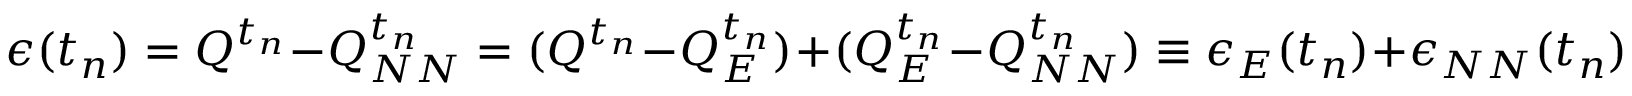
\epsilon ( t _ { n } ) = Q ^ { t _ { n } } - Q _ { N N } ^ { t _ { n } } = ( Q ^ { t _ { n } } - Q _ { E } ^ { t _ { n } } ) + ( Q _ { E } ^ { t _ { n } } - Q _ { N N } ^ { t _ { n } } ) \equiv \epsilon _ { E } ( t _ { n } ) + \epsilon _ { N N } ( t _ { n } )